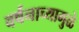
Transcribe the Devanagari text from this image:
वर्षनाच्यामुळे